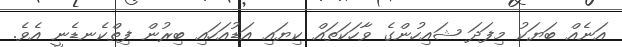
އަނެއް ބަޔަކު މިފަދަ ޝައިހުންގެ ވާހަކަތައް ކިޔައި އަޑުއަހައި ބިރުން ފިތްކެނޑެނީ އެވެ.